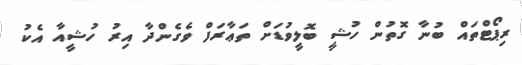
ރިޕޯޓްތައް ބުނާ ގޮތުން ހުޝީ ބޮލީވުޑަށް ތަޢާރަފް ވެގެންދާ އިރު ހުޝީއާ އެކު